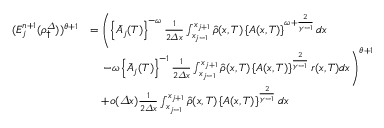
\begin{array} { r l } { ( E _ { j } ^ { n + 1 } ( \rho _ { \dagger } ^ { \varDelta } ) ) ^ { \theta + 1 } } & { = \left( \left\{ \bar { A } _ { j } ( T ) \right\} ^ { - \omega } \frac 1 { 2 { \varDelta } x } \int _ { x _ { j - 1 } } ^ { x _ { j + 1 } } \hat { \rho } ( x , T ) \left\{ A ( x , T ) \right\} ^ { \omega + \frac { 2 } { \gamma - 1 } } d x \right. } \\ & { \quad \left. - \omega \left\{ \bar { A } _ { j } ( T ) \right\} ^ { - 1 } \frac 1 { 2 { \varDelta } x } \int _ { x _ { j - 1 } } ^ { x _ { j + 1 } } \hat { \rho } ( x , T ) \left\{ A ( x , T ) \right\} ^ { \frac { 2 } { \gamma - 1 } } r ( x , T ) d x \right) ^ { \theta + 1 } } \\ & { \quad + o ( { \varDelta } x ) \frac 1 { 2 { \varDelta } x } \int _ { x _ { j - 1 } } ^ { x _ { j + 1 } } \hat { \rho } ( x , T ) \left\{ A ( x , T ) \right\} ^ { \frac { 2 } { \gamma - 1 } } d x } \end{array}